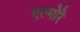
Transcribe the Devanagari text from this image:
एल्मोरे